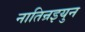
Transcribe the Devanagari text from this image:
नातिन्रइयुन